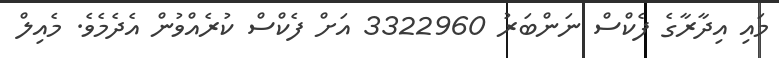
މައި އިދާރާގެ ފެކްސް ނަންބަރު 3322960 އަށް ފެކްސް ކުރެއްވުން އެދެމެވެ. މެއިލް